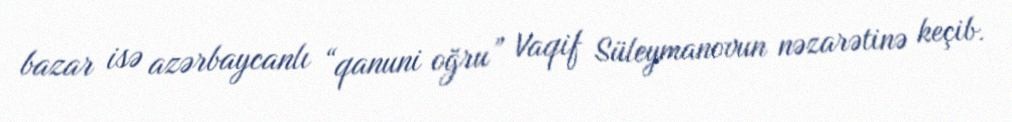
bazar isə azərbaycanlı “qanuni oğru” Vaqif Süleymanovun nəzarətinə keçib.